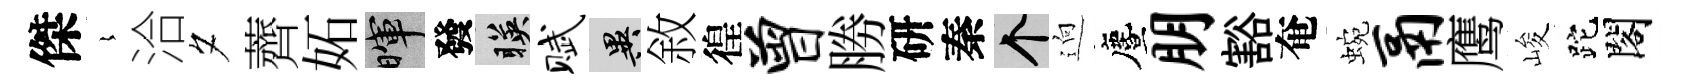
傑𡻕洽夕薺妬暉發暎赋异敘徨曾勝研秦个逈󵨌朋豁奄蜿鬲鹰峻跎閣